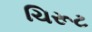
ચિરૂટ